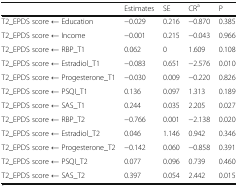
<table><thead><tr><td></td><td><b>Estimates</b></td><td><b>SE</b></td><td><b>CR<sup>a</sup></b></td><td><b>P</b></td></tr></thead><tbody><tr><td>T2_EPDS score ← Education</td><td>−0.029</td><td>0.216</td><td>−0.870</td><td>0.385</td></tr><tr><td>T2_EPDS score ← Income</td><td>−0.001</td><td>0.215</td><td>−0.043</td><td>0.966</td></tr><tr><td>T2_EPDS score ← RBP_T1</td><td>0.062</td><td>0</td><td>1.609</td><td>0.108</td></tr><tr><td>T2_EPDS score ← Estradiol_T1</td><td>−0.083</td><td>0.651</td><td>−2.576</td><td>0.010</td></tr><tr><td>T2_EPDS score ← Progesterone_T1</td><td>−0.030</td><td>0.009</td><td>−0.220</td><td>0.826</td></tr><tr><td>T2_EPDS score ← PSQI_T1</td><td>0.136</td><td>0.097</td><td>1.313</td><td>0.189</td></tr><tr><td>T2_EPDS score ← SAS_T1</td><td>0.244</td><td>0.035</td><td>2.205</td><td>0.027</td></tr><tr><td>T2_EPDS score ← RBP_T2</td><td>−0.766</td><td>0.001</td><td>−2.138</td><td>0.020</td></tr><tr><td>T2_EPDS score ← Estradiol_T2</td><td>0.046</td><td>1.146</td><td>0.942</td><td>0.346</td></tr><tr><td>T2_EPDS score ← Progesterone_T2</td><td>−0.142</td><td>0.060</td><td>−0.858</td><td>0.391</td></tr><tr><td>T2_EPDS score ← PSQI_T2</td><td>0.077</td><td>0.096</td><td>0.739</td><td>0.460</td></tr><tr><td>T2_EPDS score ← SAS_T2</td><td>0.397</td><td>0.054</td><td>2.442</td><td>0.015</td></tr></tbody></table>